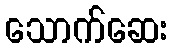
သောက်ဆေး